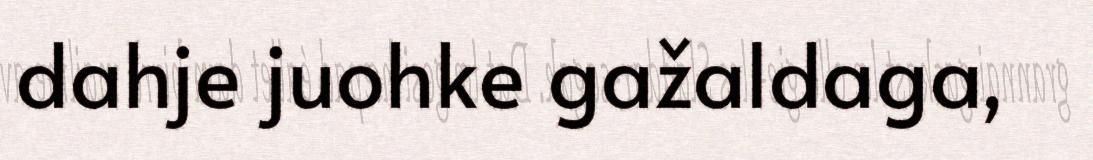
dahje juohke gažaldaga,